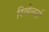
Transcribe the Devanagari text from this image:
रिवेलर्स